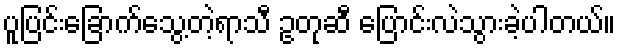
ပူပြင်းခြောက်သွေ့တဲ့ရာသီ ဥတုဆီ ပြောင်းလဲသွားခဲ့ပါတယ်။